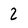
Character: 2